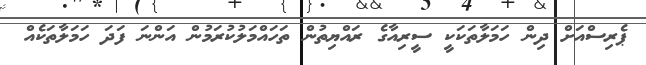
ޕެރިސްއަށް ދިން ހަމަލާތަކަކީ ސީރިއާގެ ރައްޔިތުން ތަހައްމަލުކުރަމުން އަންނަ ފަދަ ހަމަލާތަކެއް